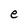
Character: e